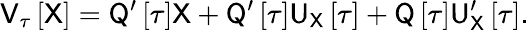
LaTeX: \sf V_{\tau}\left[\sf X\right]=\mathsf{Q}^{\prime}\left[\tau\right]\mathsf{X}+\mathsf{Q}^{\prime}\left[\tau\right]\mathsf{U}_{\mathsf{X}}\left[\tau\right]+\mathsf{Q}\left[\tau\right]\mathsf{U}_{\mathsf{X}}^{\prime}\left[\tau\right].